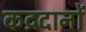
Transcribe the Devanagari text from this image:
कद्रदानों